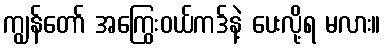
ကျွန်တော် အကြွေးဝယ်ကဒ်နဲ့ ပေးလို့ရ မလား။